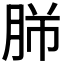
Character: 𦚿